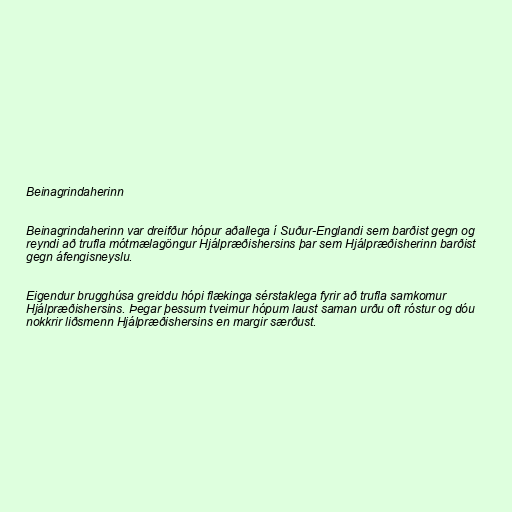
Beinagrindaherinn

Beinagrindaherinn var dreifður hópur aðallega í Suður-Englandi sem barðist gegn og
reyndi að trufla mótmælagöngur Hjálpræðishersins þar sem Hjálpræðisherinn barðist
gegn áfengisneyslu.

Eigendur brugghúsa greiddu hópi flækinga sérstaklega fyrir að trufla samkomur
Hjálpræðishersins. Þegar þessum tveimur hópum laust saman urðu oft róstur og dóu
nokkrir liðsmenn Hjálpræðishersins en margir særðust.